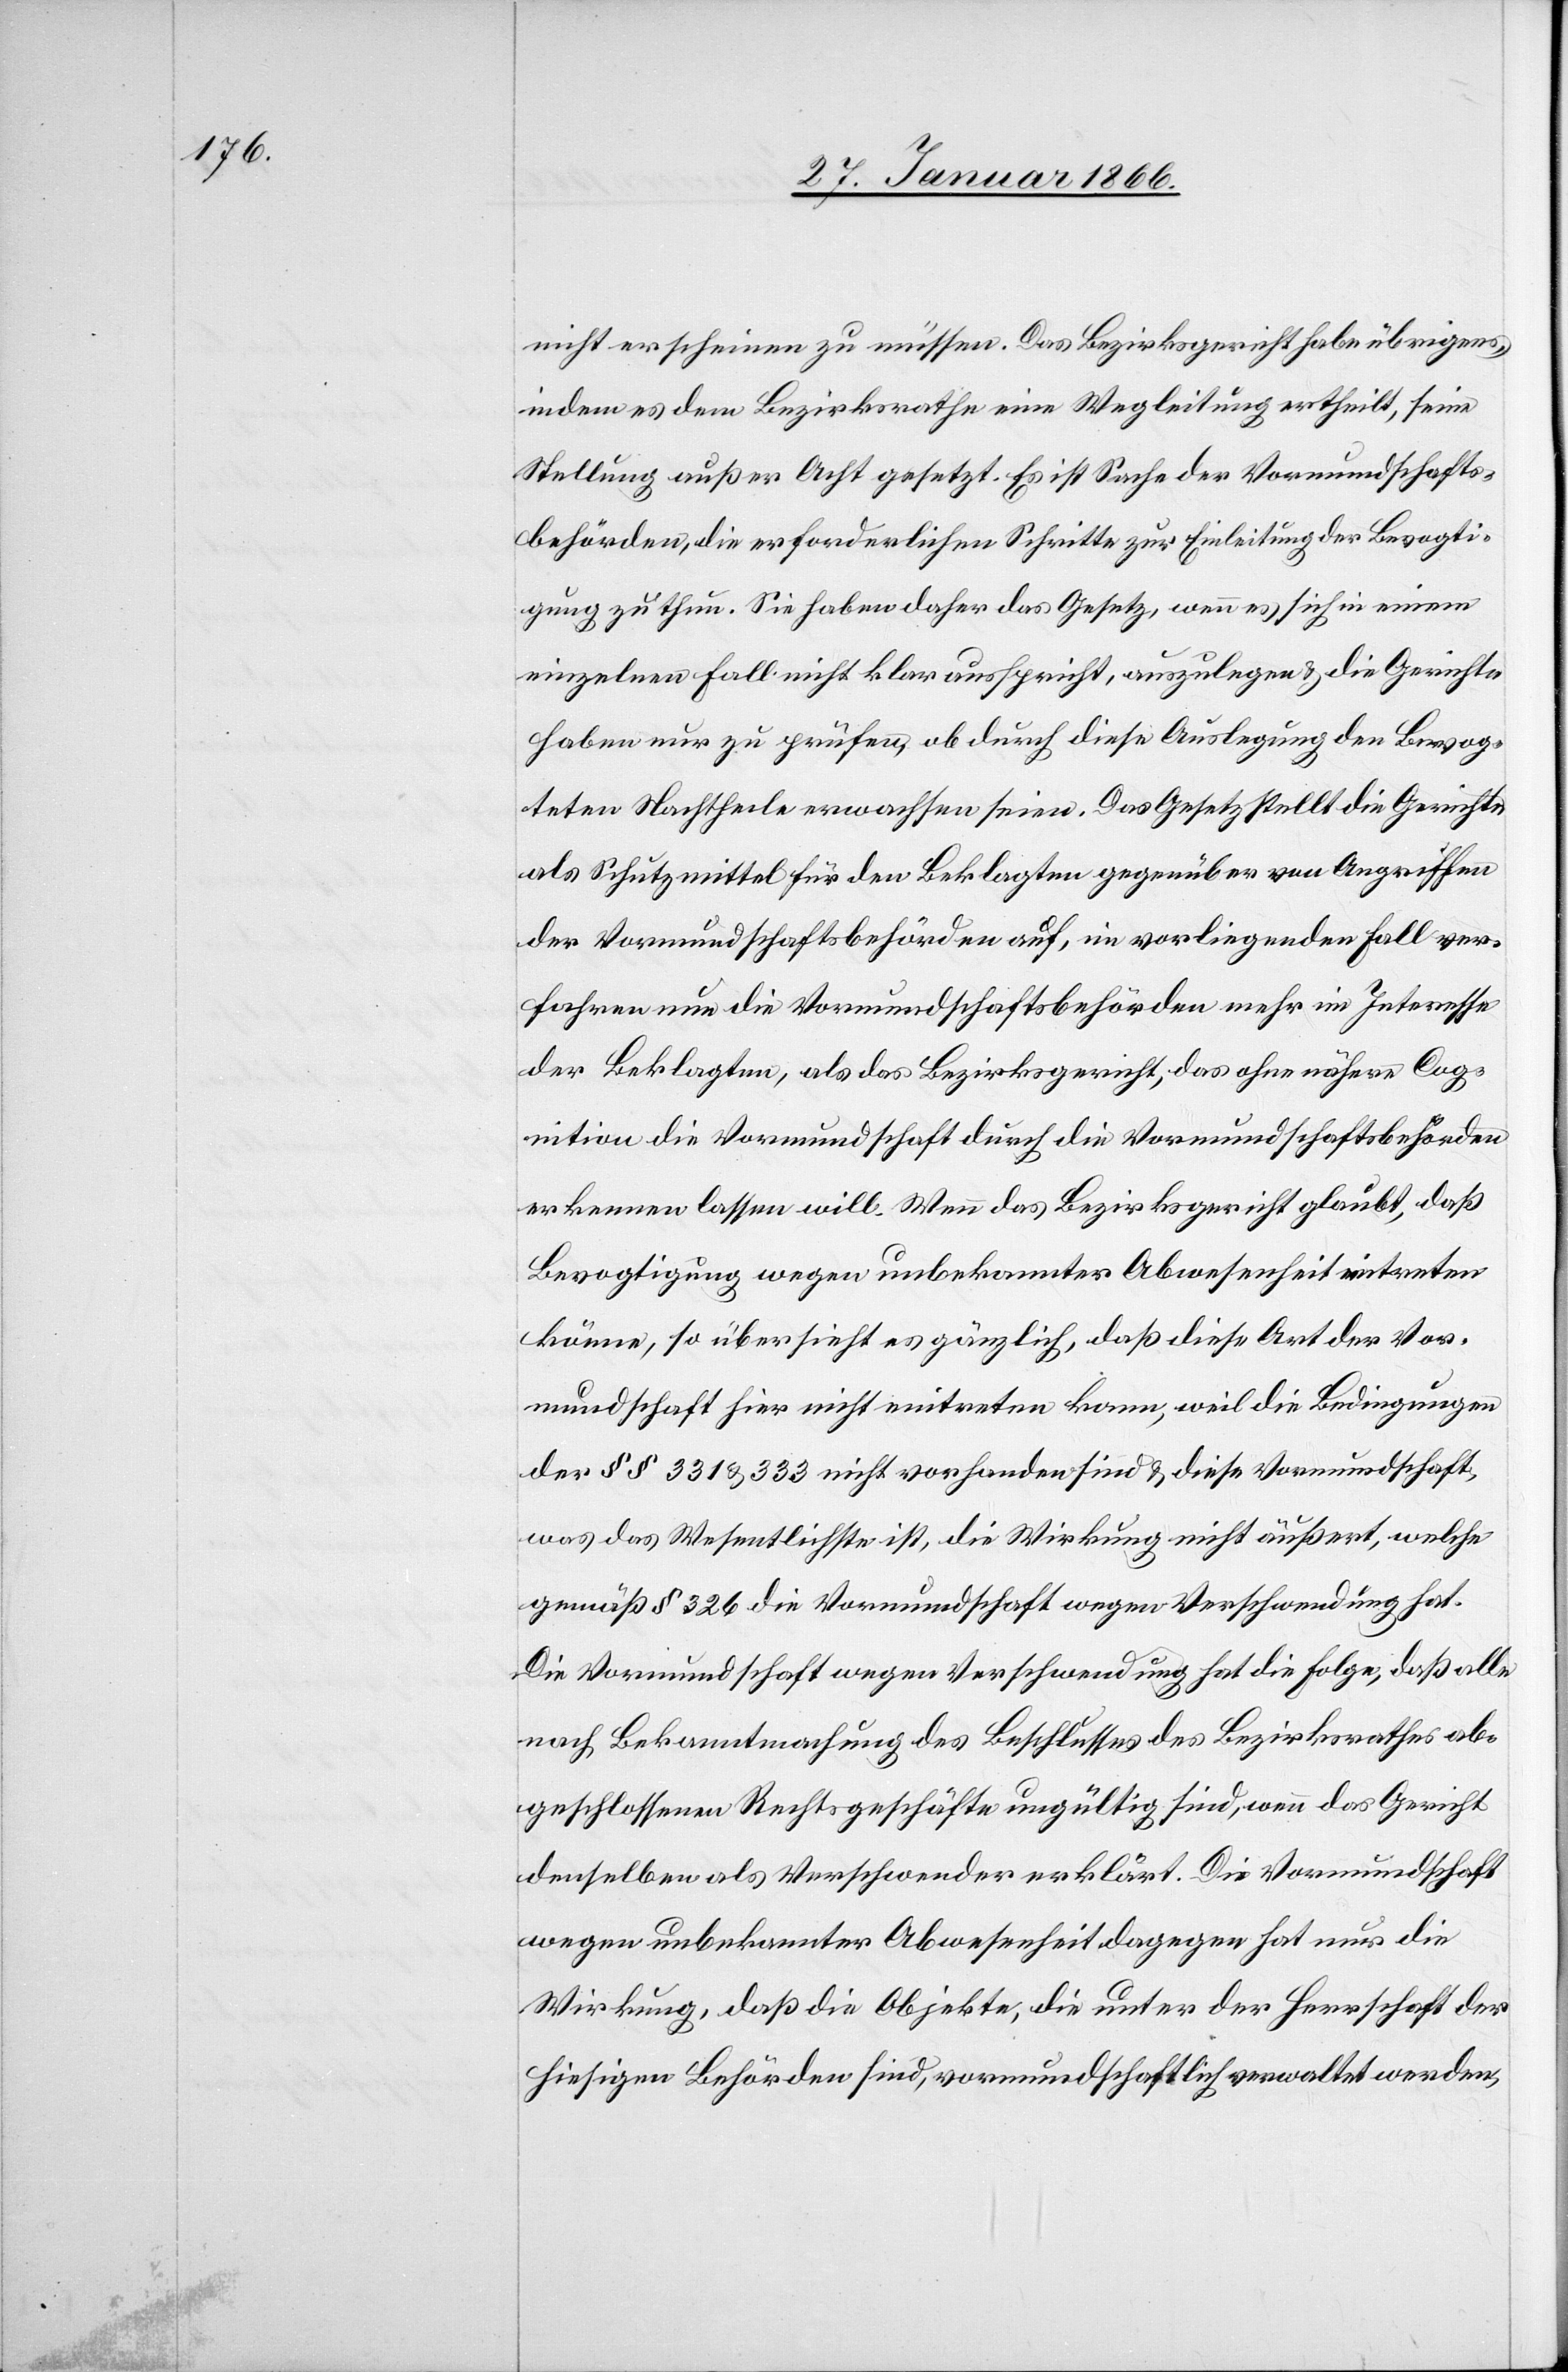
nicht erscheinen zu müssen. Das Bezirksgericht habe übrigens,
indem es dem Bezirksrathe eine Wegleitung ertheilt, seine
Stellung außer Acht gesetzt. Es ist Sache der Vormundschafts¬
behörden, die erforderlichen Schritte zur Einleitung der Bevogti¬
gung zu thun. Sie haben daher das Gesetz, wenn es sich in einem
einzelnen Fall nicht klar ausspricht, auszulegen u. die Gerichte
haben nur zu prüfen, ob durch diese Auslegung den Bevogt¬
igteten Nachtheile erwachsen seien. Das Gesetz stellt die Gerichte
als Schutzmittel für den Beklagten gegenüber von Angriffen
der Vormundschaftsbehörden auf, im vorliegenden Fall ver¬
fahren nun die Vormundschaftsbehörden mehr im Interesse
der Beklagten, als das Bezirksgericht, das ohne nähere Cog¬
nition die Vormundschaft durch die Vormundschaftsbehörden
erkennen lassen will. Wenn das Bezirksgericht glaubt, daß
Bevogtigung wegen unbekannter Abwesenheit eintreten
könne, so übersieht es gänzlich, daß diese Art der Vor¬
mundschaft hier nicht eintreten kann, weil die Bedingungen
der §§ 331 & 333 nicht vorhanden sind u. diese Vormundschaft,
was das Wesentlichste ist, die Wirkung nicht äußert, welche
gemäß § 326 die Vormundschaft wegen Verschwendung hat.
Die Vormundschaft wegen Verschwendung hat die Folge, daß alle
nach Bekanntmachung des Beschlusses des Bezirksrathes ab¬
geschlossenen Rechtsgeschäfte ungültig sind, wenn das Gericht
denselben als Verschwender erklärt. Die Vormundschaft
wegen unbekannter Abwesenheit dagegen hat nur die
Wirkung, daß die Objekte, die unter der Herrschaft der
hiesigen Behörden sind, vormundschaftlich verwaltet werden,